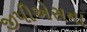
જીપીએસના